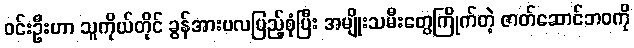
ဝင်းဦးဟာ သူကိုယ်တိုင် ခွန်အားဗလပြည့်စုံပြီး အမျိုးသမီးတွေကြိုက်တဲ့ ဇာတ်ဆောင်ဘဝကို